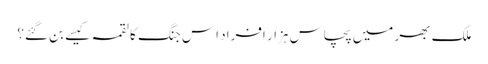
ملک بھر میں پچاس ہزار افراد اِس جنگ کا لقمہ کیسے بن گئے؟